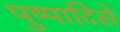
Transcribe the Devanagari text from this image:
पुष्पादिसे